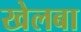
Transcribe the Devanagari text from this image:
खेलबा